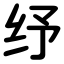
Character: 纾